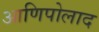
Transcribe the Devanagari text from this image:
आणिपोलाद